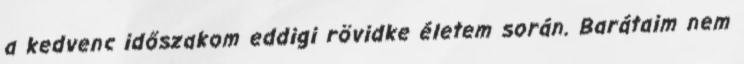
a kedvenc időszakom eddigi rövidke életem során. Barátaim nem